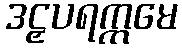
ဒဠှပရက္ကမေ